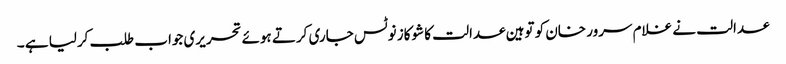
عدالت نے غلام سرور خان کو توہین عدالت کا شوکاز نوٹس جاری کرتے ہوئے تحریری جواب طلب کرلیا ہے ۔